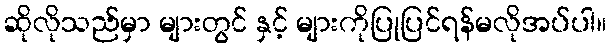
ဆိုလိုသည်မှာ များတွင် နှင့် များကိုပြုပြင်ရန်မလိုအပ်ပါ။